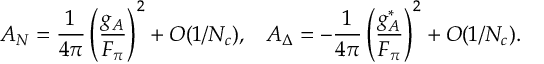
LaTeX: A _ { N } = \frac { 1 } { 4 \pi } \left( \frac { g _ { A } } { F _ { \pi } } \right) ^ { 2 } + { \cal O } ( 1 / N _ { c } ) , \; \; \; A _ { \Delta } = - \frac { 1 } { 4 \pi } \left( \frac { g _ { A } ^ { * } } { F _ { \pi } } \right) ^ { 2 } + { \cal O } ( 1 / N _ { c } ) .